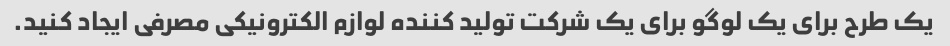
یک طرح برای یک لوگو برای یک شرکت تولید کننده لوازم الکترونیکی مصرفی ایجاد کنید.